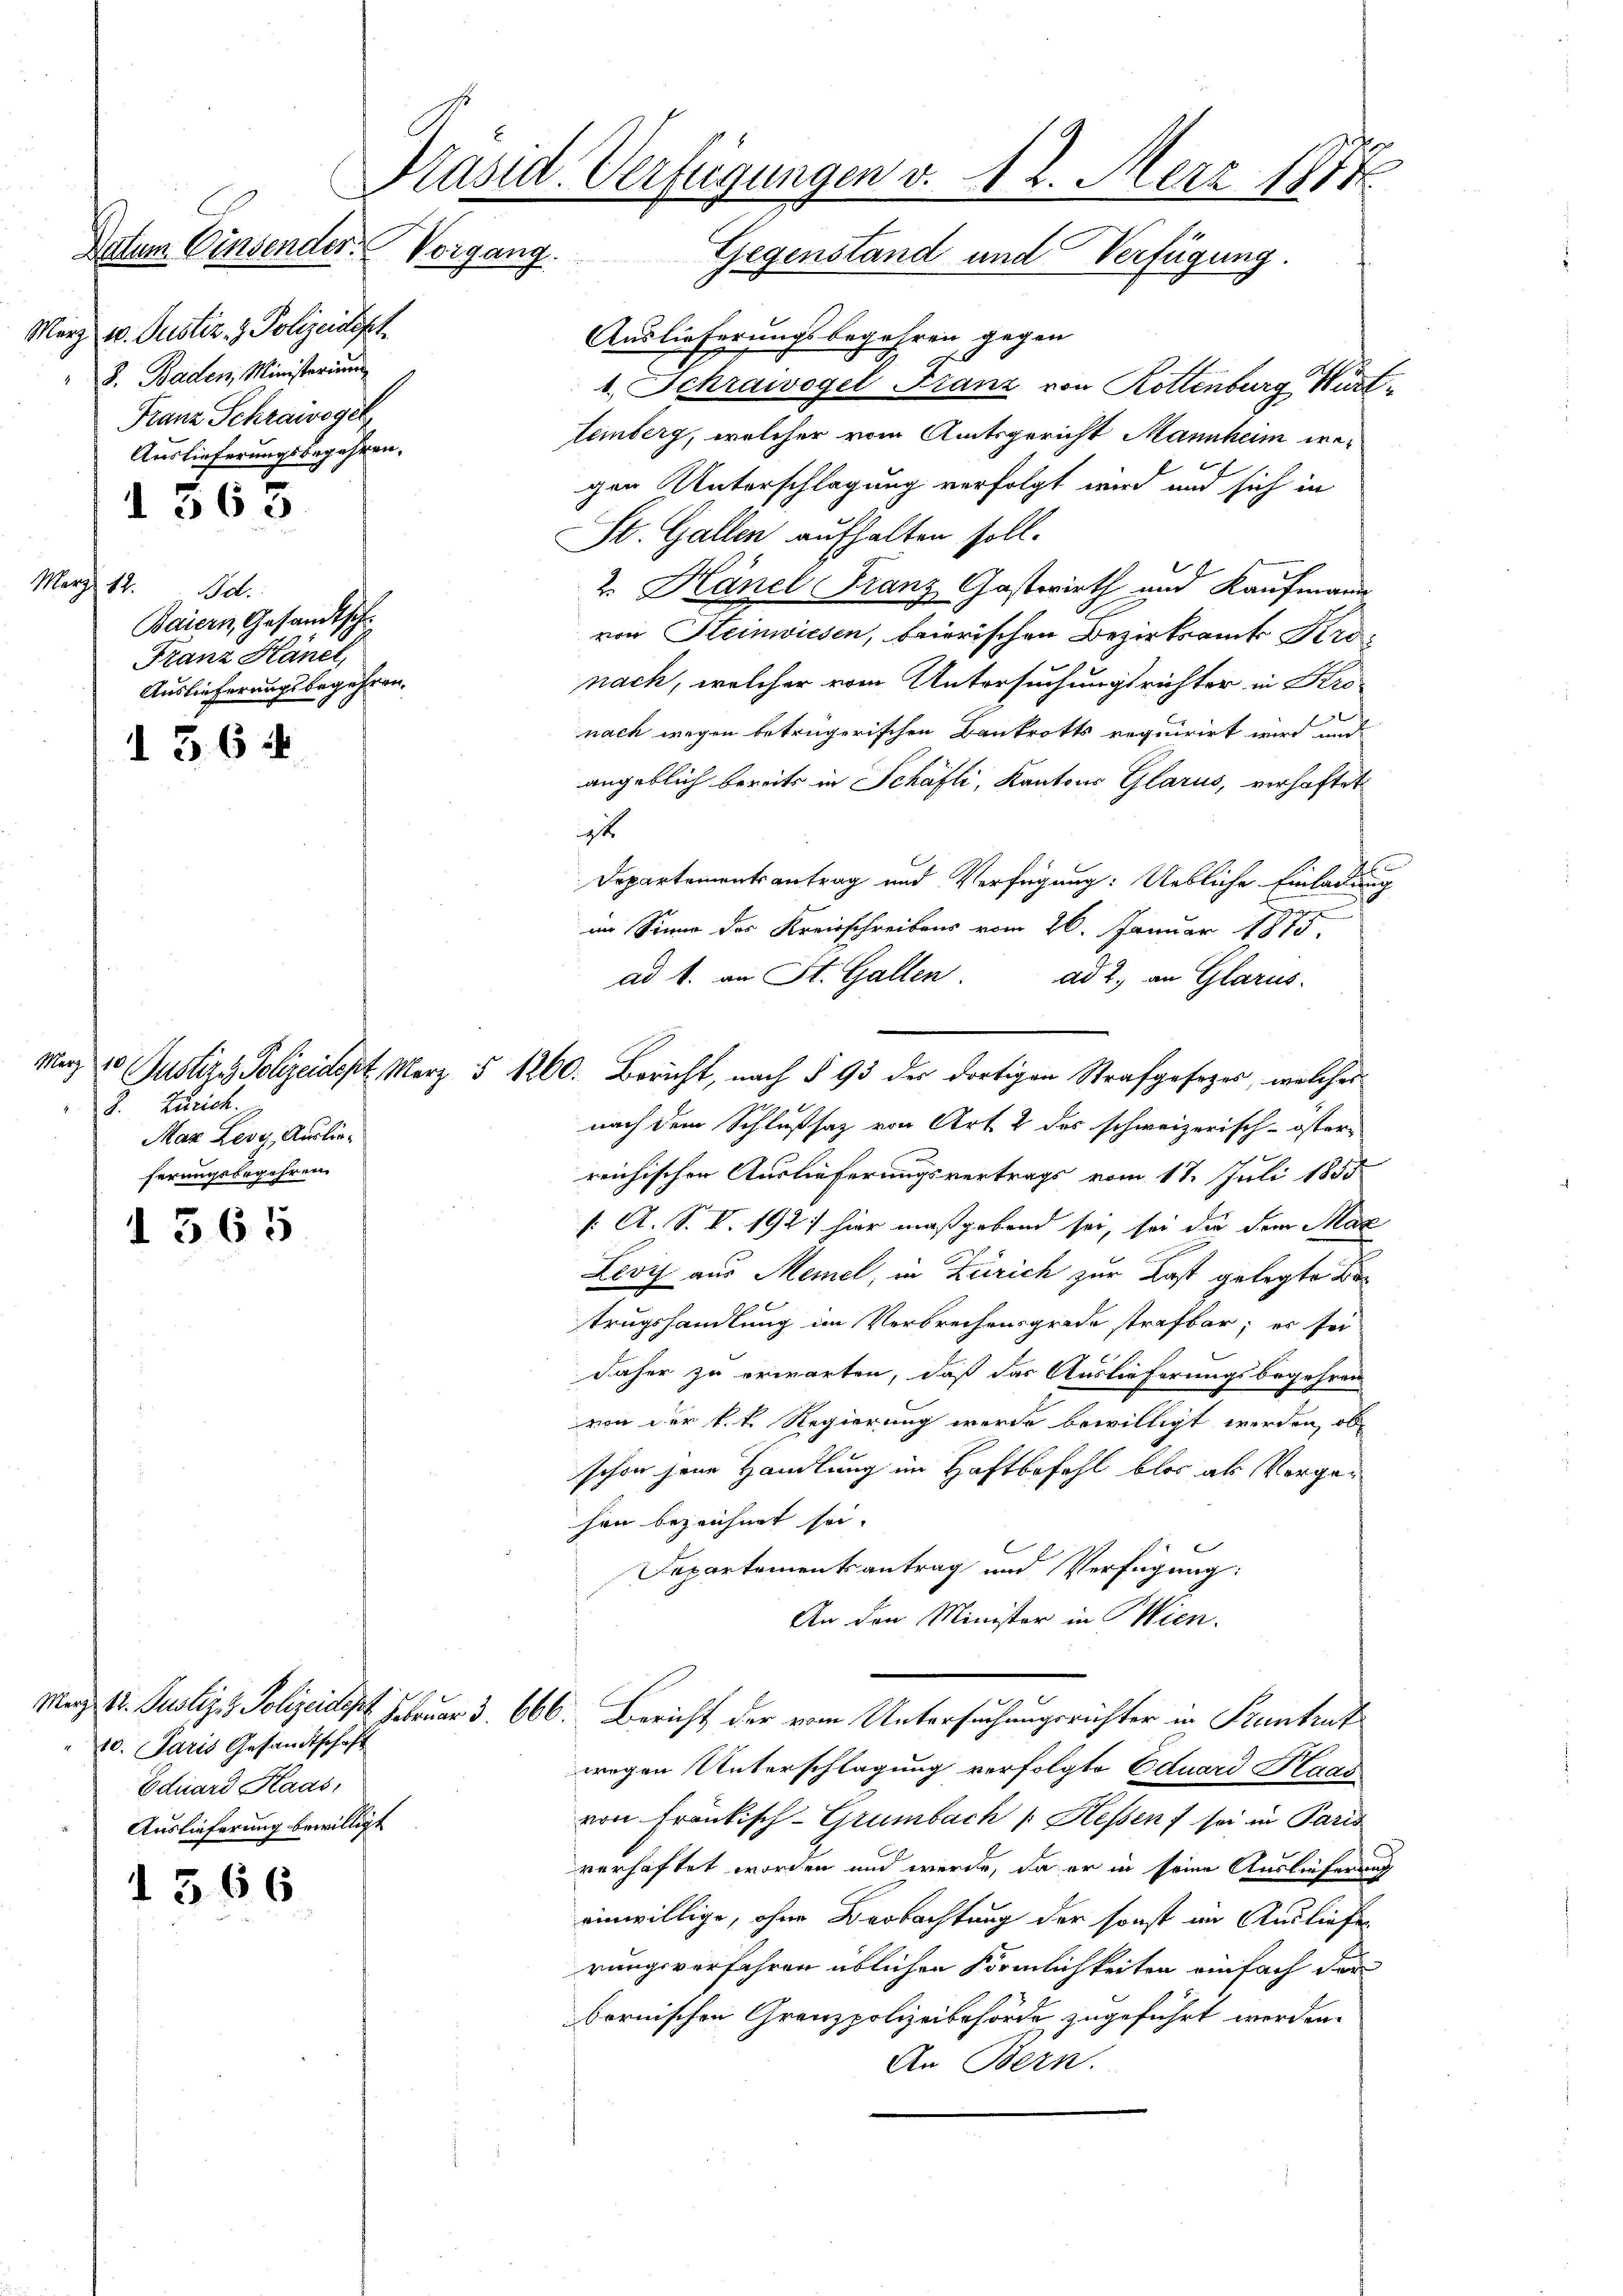
Präsid. Verfügungen v. 12. Merz 1884.
Actum Einsendes Vorgang. Gegenstand und Verfügung.

565

12. Bd.
Baiern, Gesandtsch
Franz Hänel,
Auslieferungsbegehren.

364

März 10. Justiz & Polizeidigt
B. Baden, Ministerium
Franz Schraivogel
Auslieferungsbegehren.

Marpf

B. Zürich.
Max Ledy, Auslieferungsbegehren.

1565

10. Paris Gesandtschaft
Eduard Kaas,
Auslieferung bewilligt

1566

Auslieferungsbegehren, gegen
1. Schraivogel Franz von Rottenburg Württemberg, welcher vom Amtsgericht Mannheim wex
gen Unterschlagung verfolgt wird und sich in
St. Gallen aufhalten soll.
2. Hänel Franz Gastwirth und Kaufmann
von Heinwiesen, beierischen Bezirksamt Kronach, welcher vom Untersuchungsrichter in Kronach wegen betrügerischen Bankrotts requirirt wird und
angeblich bereits in Schäfli, Kantons Glarus, verhaftet
ist
Departementsantrag und Verfügung: Uebliche Einladung
Gegen
im Sinne des Kreisschreibens vom 26. Januar 1813.
ad b. an St. Gallen. ad 2. an Glarus.
März 20 Justizy. Polizeidept, Merz § 1260. Bericht, nach § 93 der dortigen Strafgesezes, welches
nach dem Schlußsatz von Art. 2 des schweizerisch-öster-
reichischen Auslieferungsvertrags vom 17. Juli 1858
f. A. S. V. 192) hier maßgebend sei, sei die dem Max
Levy aus Memel, in Zürich zur Last gelegte Betrugshandlung im Verbrechensgrade strafbar; er sei
daher zu erwarten, daß das Auslieferungsbegehren
von der k.k. Regierung werde bewilligt werden, ob
schon jene Handlung im Haftbefehl blos als Vorgehen bezeichnet sei.
Departementsantrag und Verfügung:
An den Minister in Wien.
März 1. Justiz & Polizeidet. Februar 3. 666. Bericht der vom Untersuchungsrichter in Szentrut
wegen Unterschlagung verfolgte Eduard Kaas
von fränkisch-Grumbach / Hessen f sei in Paris
verhaftet worden und werde, da er in seine Auslieferung
einwillige, ohne Beobachtung der sonst im Ausliefer
rungsverfahren üblichen Förmlichkeiten einfach der
bornischen Grenzpolizeibehörde zugeführt werden.
An Bern.